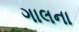
ગાલના